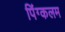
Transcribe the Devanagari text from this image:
पिंग्कलम